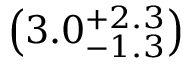
\left( 3 . 0 _ { - 1 . 3 } ^ { + 2 . 3 } \right)